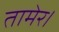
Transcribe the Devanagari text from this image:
तामेर।